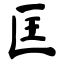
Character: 匡